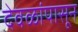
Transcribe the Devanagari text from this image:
देवळांपासून